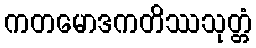
ကတမောဒကတိဿသုတ္တံ